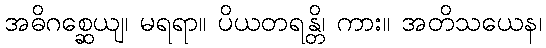
အဓိဂစ္ဆေယျ၊ မရရာ။ ပိယတရန္တိ၊ ကား။ အတိသယေန၊